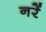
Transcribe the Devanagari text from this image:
नरें